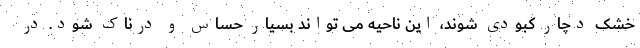
خشک دچار کبودی شوند، این ناحیه می تواند بسیار حساس و درناک شود. در